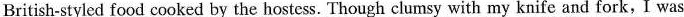
British-styled food cooked by the hostess. Though clumsy with my knife and fork, I was